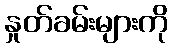
နှုတ်ခမ်းများကို